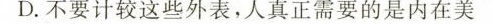
D.不要计较这些外表，人真正需要的是内在美